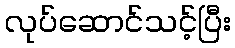
လုပ်ဆောင်သင့်ပြီး